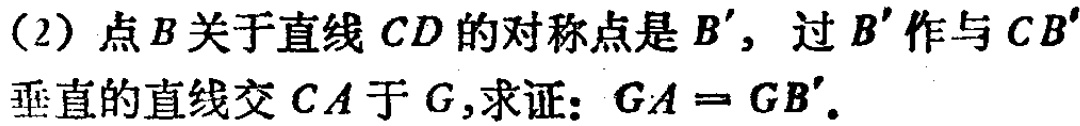
(2) 点\(B\)关于直线\(CD\)的对称点是\(B'\)，过\(B'\)作与\(CB'\)垂直的直线交\(CA\)于\(G\)，求证：\(GA = GB'\)。